Indian Civil Veterinary Department memoirs
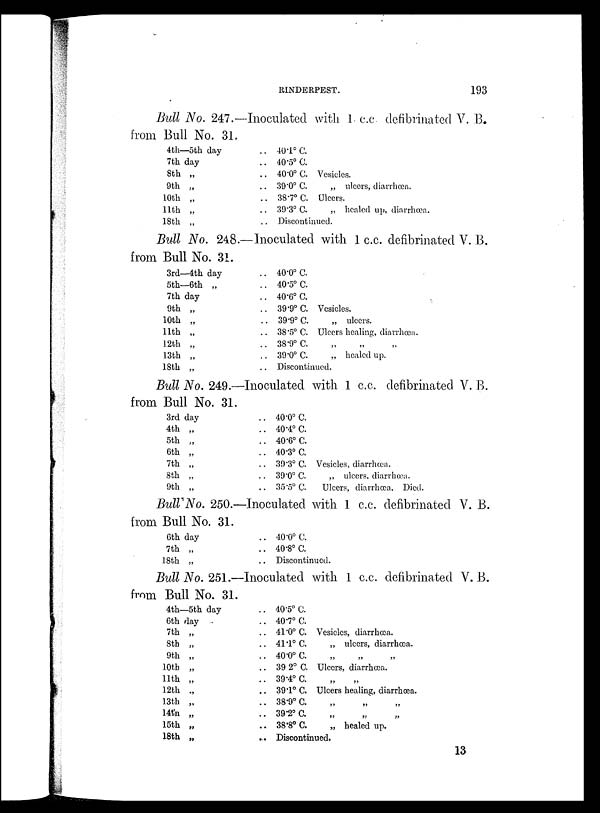
RINDERPEST.
193
Bull No. 247.—Inoculated with 1 c.c defibrinated V. B.
from Bull No. 31.
4th—5th day
7th day
8th „
9th „
10th „
11th „
18th „
.. 40.1º C.
.. 40.5º 0.
.. 40.0º C. Vesicles.
.. 39.0º C.
„ ulcers, diarrhœa.
.. 38.7º C. Ulcers.
.. 39.3º C.
„ healed up, diarrhœa.
.. Discontinued.
Bull No. 248.—Inoculated with 1 c.c. defibrinated V. B.
from Bull No. 31.
3rd—4th day
5th—6th „
7th day
9th „
10th „
11th „
12th „
13th „
18th „
.. 40.0º C.
.. 40.5º C.
.. 40.6º C.
.. 39.9º C. Vesicles.
.. 39.9º C.
„ ulcers.
38.5º C. Ulcers healing, diarrhœa.
.. 38.9º C. „ „ „
.. 39.0º C.
„ healed up.
.. Discontinued.
Bull No. 249.—Inoculated with 1 c.c. defibrinated V. B.
from Bull No. 31.
3rd day
4th „
5th „
6th „
7th „
8th „
9th „
.. 40.0º C.
.. 40.4º C.
.. 40.6º C.
.. 40.3º C.
.. 39.3º C. Vesicles, diarrhœa.
39.0º C.
„ ulcers, diarrhœa.
.. 35.5º C.
Ulcers, diarrhœa. Died.
Bull No. 250.—Inoculated with 1 c.c. defibrinated V. B.
from Bull No. 31.
6th day
7th „
18th „
.. 40.0º C.
.. 40.8º C.
.. Discontinued.
Bull No. 251.—Inoculated with 1 c.c. defibrinated V. B.
from Bull No. 31.
4th—5th day
6th day
7th „
8th „
9th „
10th „
11th „
12th „
13th „
14th „
15th „
18th „
.. 40.5º C.
.. 40.7º C.
.. 41.0º C. Vesicles, diarrhœa.
.. 41.1º C.
„ ulcers, diarrhœa.
.. 40.0º C. „ „ „
.. 39 2º C. Ulcers, diarrhœa.
.. 39.4º C. „ „
.. 39.1º C. Ulcers healing, diarrhœa.
.. 38.9º C. „ „ „
.. 39.2º C. „ „ „
.. 38.8º C.
„ healed up.
.. Discontinued.
13